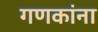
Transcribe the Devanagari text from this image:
गणकांना